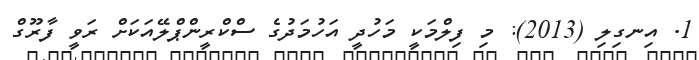
1. އިނގިލި (2013): މި ފިލްމަކީ މަހުދީ އަހުމަދުގެ ސްކްރީންޕްލޭއަަކަށް ރަވީ ފާރޫގް